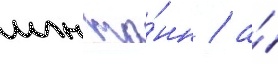
млн то́нн / а́